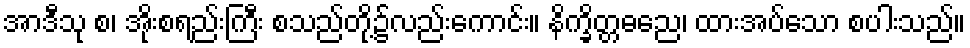
အာဒီသု စ၊ အိုးစရည်းကြီး စသည်တို့၌လည်းကောင်း။ နိက္ခိတ္တဓညေ၊ ထားအပ်သော စပါးသည်။